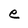
Character: e